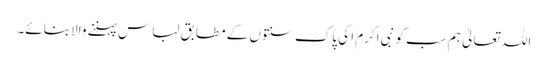
اللہ تعالیٰ ہم سب کو نبی اکرم ا کی پاک سنتوں کے مطابق لباس پہننے والا بنائے۔